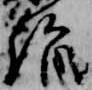
詣